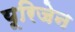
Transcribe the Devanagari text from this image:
यूरिजेन